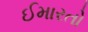
ઈમારતો